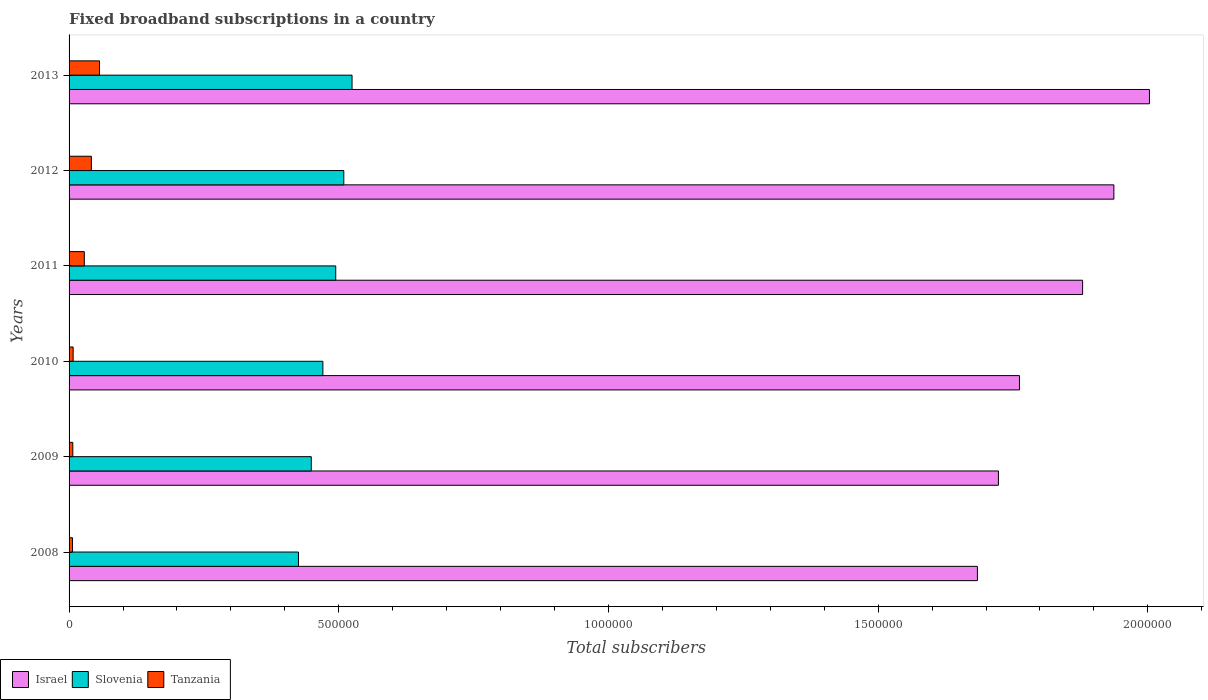
| Years | Israel | Slovenia | Tanzania |
 | --- | --- | --- | --- |
 | 2008 | 1.68e+06 | 4.25e+05 | 6.42e+03 |
 | 2009 | 1.72e+06 | 4.49e+05 | 6.95e+03 |
 | 2010 | 1.76e+06 | 4.71e+05 | 7.55e+03 |
 | 2011 | 1.88e+06 | 4.94e+05 | 2.83e+04 |
 | 2012 | 1.94e+06 | 5.09e+05 | 4.13e+04 |
 | 2013 | 2e+06 | 5.25e+05 | 5.64e+04 |